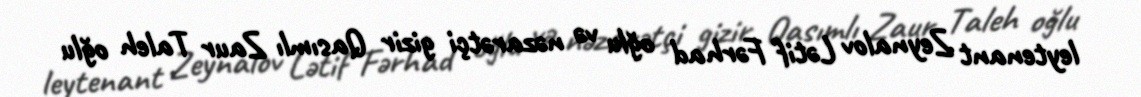
leytenant Zeynalov Lətif Fərhad oğlu və nəzarətçi gizir Qasımlı Zaur Taleh oğlu